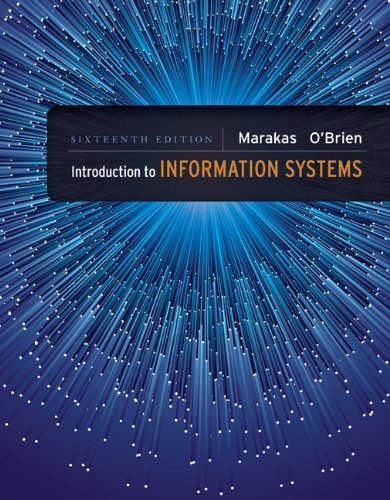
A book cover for Introduction to Information Systems - Loose Leaf; George Marakas; Computers & Technology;